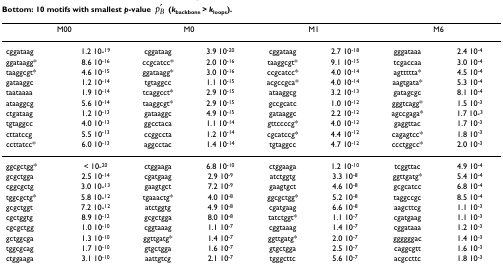
<table><thead><tr><td colspan="2"><b>M00</b></td><td colspan="2"><b>M0</b></td><td colspan="2"><b>M1</b></td><td colspan="2"><b>M6</b></td></tr></thead><tbody><tr><td>cggataag</td><td>1.2 10-<sup>19</sup></td><td>cggataag</td><td>3.9 10<sup>-20</sup></td><td>cggataag</td><td>2.7 10<sup>-18</sup></td><td>gggataaa</td><td>2.4 10<sup>-4</sup></td></tr><tr><td>ggataagg*</td><td>8.6 10<sup>-16</sup></td><td>ccgcatcc*</td><td>2.0 10<sup>-16</sup></td><td>taaggcgt*</td><td>9.1 10<sup>-15</sup></td><td>tcgaccaa</td><td>3.0 10<sup>-4</sup></td></tr><tr><td>taaggcgt*</td><td>4.6 10<sup>-15</sup></td><td>ggataagg*</td><td>3.0 10<sup>-16</sup></td><td>ccgcatcc*</td><td>4.0 10<sup>-14</sup></td><td>agttttta*</td><td>4.5 10<sup>-4</sup></td></tr><tr><td>gataaggc</td><td>1.2 10<sup>-14</sup></td><td>tgtaggcc</td><td>1.1 10<sup>-15</sup></td><td>acgccgca*</td><td>4.0 10<sup>-14</sup></td><td>aagtgata*</td><td>5.3 10<sup>-4</sup></td></tr><tr><td>taataaaa</td><td>1.9 10<sup>-14</sup></td><td>tcaggcct*</td><td>2.9 10<sup>-15</sup></td><td>ataaggcg</td><td>3.2 10<sup>-13</sup></td><td>gatagcgc</td><td>8.1 10<sup>-4</sup></td></tr><tr><td>ataaggcg</td><td>5.6 10<sup>-14</sup></td><td>taaggcgt*</td><td>2.9 10<sup>-15</sup></td><td>gccgcatc</td><td>1.0 10<sup>-12</sup></td><td>gggtcagg*</td><td>1.5 10<sup>-3</sup></td></tr><tr><td>ctgataag</td><td>1.2 10<sup>-13</sup></td><td>gataaggc</td><td>4.9 10<sup>-15</sup></td><td>gataaggc</td><td>2.2 10<sup>-12</sup></td><td>agccgaga*</td><td>1.7 10-<sup>3</sup></td></tr><tr><td>tgtaggcc</td><td>4.0 10<sup>-13</sup></td><td>ggcctaca</td><td>1.1 10<sup>-14</sup></td><td>gttccccg*</td><td>4.0 10<sup>-12</sup></td><td>gaggttac</td><td>1.7 10<sup>-3</sup></td></tr><tr><td>cttatccg</td><td>5.5 10<sup>-13</sup></td><td>ccggccta</td><td>1.2 10<sup>-14</sup></td><td>cgcatccg*</td><td>4.4 10<sup>-12</sup></td><td>cagagtcc*</td><td>1.8 10<sup>-3</sup></td></tr><tr><td>ccttatcc*</td><td>6.0 10<sup>-13</sup></td><td>aggcctac</td><td>1.4 10<sup>-14</sup></td><td>tgtaggcc</td><td>4.7 10<sup>-12</sup></td><td>ccctggcc*</td><td>2.0 10<sup>-3</sup></td></tr><tr><td>ggcgctgg*</td><td>&lt; 10-<sup>20</sup></td><td>ctggaaga</td><td>6.8 10<sup>-10</sup></td><td>ctggaaga</td><td>1.2 10<sup>-10</sup></td><td>tcggttac</td><td>4.9 10<sup>-4</sup></td></tr><tr><td>gcgctgga</td><td>2.5 10<sup>-14</sup></td><td>cgatgaag</td><td>2.9 10<sup>-9</sup></td><td>atctggtg</td><td>3.3 10<sup>-8</sup></td><td>ggttgatg*</td><td>5.4 10<sup>-4</sup></td></tr><tr><td>cggcgctg</td><td>3.0 10-<sup>13</sup></td><td>gaagtgct</td><td>7.2 10<sup>-9</sup></td><td>gaagtgct</td><td>4.6 10<sup>-8</sup></td><td>gcgcatcc</td><td>6.8 10<sup>-4</sup></td></tr><tr><td>tggcgctg*</td><td>5.8 10-<sup>12</sup></td><td>tgaaactg*</td><td>4.0 10<sup>-8</sup></td><td>ggcgctgg*</td><td>5.2 10<sup>-8</sup></td><td>taggccgc</td><td>8.5 10<sup>-4</sup></td></tr><tr><td>gcgctggt</td><td>7.2 10-<sup>12</sup></td><td>atctggtg</td><td>4.9 10<sup>-8</sup></td><td>cgatgaag</td><td>6.6 10<sup>-8</sup></td><td>aagcttcg</td><td>1.1 10<sup>-3</sup></td></tr><tr><td>cgctggtg</td><td>8.9 10<sup>-12</sup></td><td>gcgctgga</td><td>8.0 10<sup>-8</sup></td><td>tatctggt*</td><td>1.1 10<sup>-7</sup></td><td>cgatgaag</td><td>1.1 10<sup>-3</sup></td></tr><tr><td>cgcgctgg</td><td>1.0 10<sup>-10</sup></td><td>cggtaaag</td><td>1.1 10<sup>-7</sup></td><td>cggtaaag</td><td>1.4 10<sup>-7</sup></td><td>cggataaa</td><td>1.2 10<sup>-3</sup></td></tr><tr><td>gctggcga</td><td>1.3 10<sup>-10</sup></td><td>ggttgatg*</td><td>1.4 10<sup>-7</sup></td><td>ggttgatg*</td><td>2.0 10<sup>-7</sup></td><td>ggggggac</td><td>1.4 10<sup>-3</sup></td></tr><tr><td>tggcgcag</td><td>1.7 10<sup>-10</sup></td><td>gtgctgga</td><td>1.6 10<sup>-7</sup></td><td>gtgctgga</td><td>2.5 10<sup>-7</sup></td><td>caggcgtt</td><td>1.6 10<sup>-3</sup></td></tr><tr><td>ctggaaga</td><td>3.1 10<sup>-10</sup></td><td>aattgtcg</td><td>2.1 10<sup>-7</sup></td><td>tgggcttc</td><td>5.6 10<sup>-7</sup></td><td>acgccttc</td><td>1.8 10<sup>-3</sup></td></tr></tbody></table>